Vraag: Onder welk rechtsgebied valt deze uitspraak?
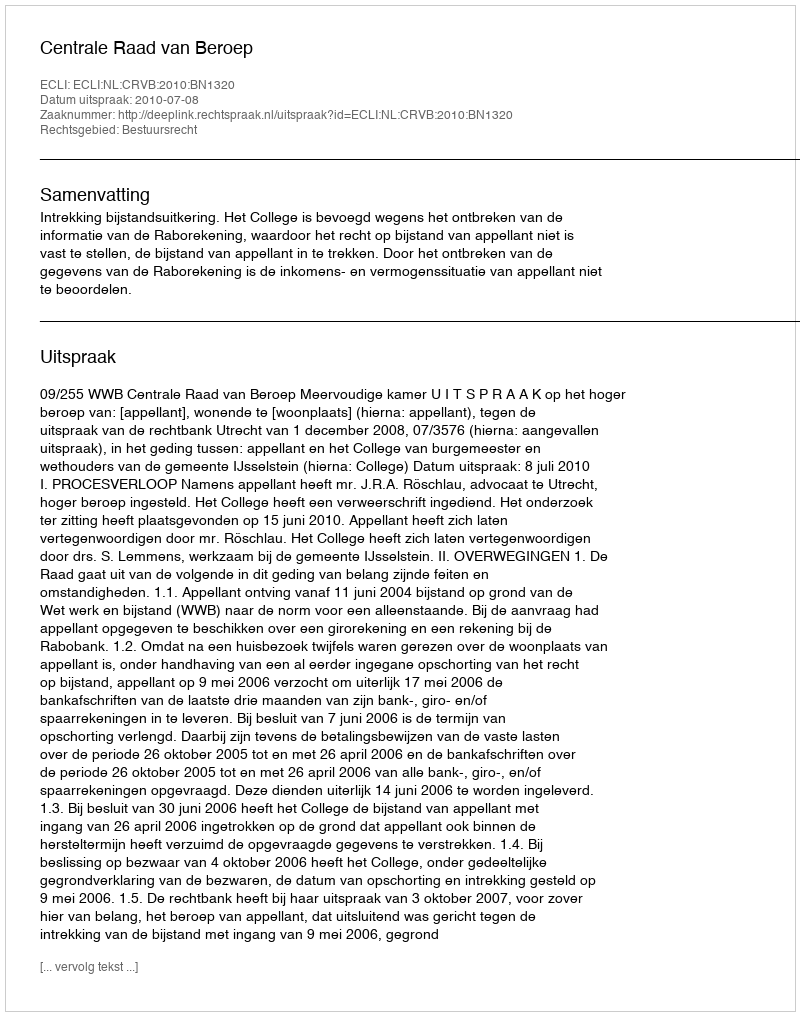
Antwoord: Bestuursrecht